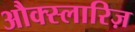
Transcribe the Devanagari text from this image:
औक्स्लारिज़